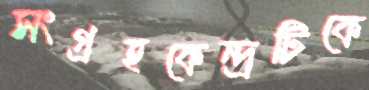
সংগ্রহকেন্দ্রটিকে